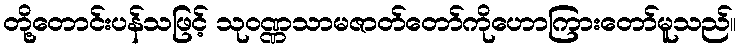
တို့တောင်းပန်သဖြင့် သုဝဏ္ဏသာမဇာတ်တော်ကိုဟောကြားတော်မူသည်။